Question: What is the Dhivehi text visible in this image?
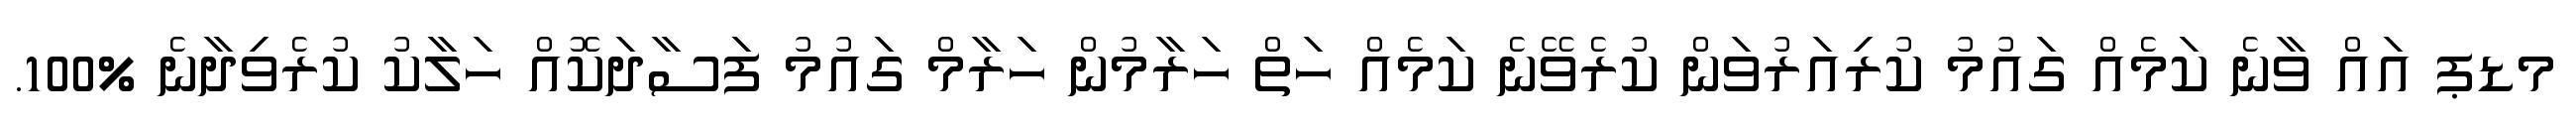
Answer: މޑޕ އައް ވާނެ ކަމެއް ގައުމު ކުރިއަރުވަން ކުރެވޭނެ ކަމެއް ހަތް ހަރާމުން ހަރާމް ގައުމު ފަސާދަކޮއް ހަލާކު ކުރެވިދާނެ %100.